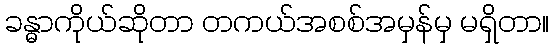
ခန္ဓာကိုယ်ဆိုတာ တကယ်အစစ်အမှန်မှ မရှိတာ။